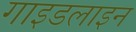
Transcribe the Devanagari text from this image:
गाइडलाइन